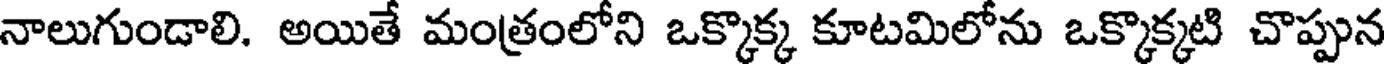
నాలుగుండాలి. అయితే మంత్రంలోని ఒక్కొక్క కూటమిలోను ఒక్కొక్కటి చొప్పున